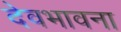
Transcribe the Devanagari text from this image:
देवभावना